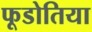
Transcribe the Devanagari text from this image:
फूडोतिया